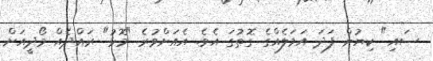
ސައި" ކިޔުން ފަދަ އަމަލެއްގެ ގޮތުގަ އެވެ. އެއަށްވުރެ "މޮޅު" ރައްދެއް މޯދީއަށް